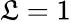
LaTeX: \mathfrak{L}=1